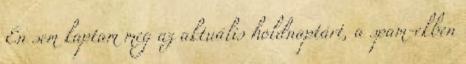
Én sem kaptam meg az aktuális holdnaptárt, a spam-ekben